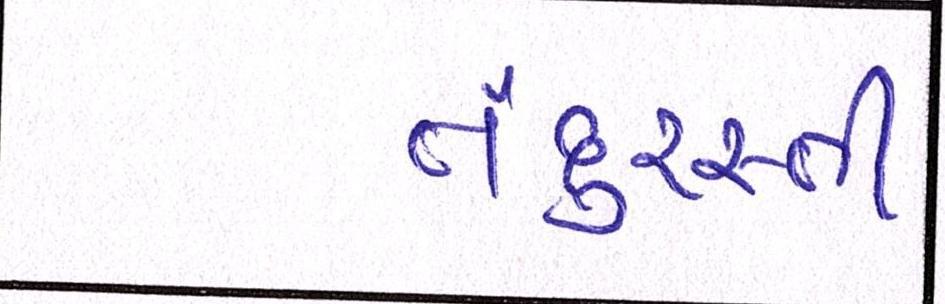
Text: તંદુરસ્તી